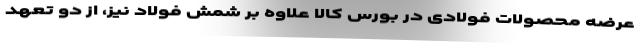
عرضه محصولات فولادی در بورس کالا علاوه بر شمش فولاد نیز، از دو تعهد